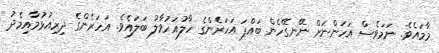
މާމައެވެ. ނަމަވެސް އަހަންނަށް ނޭނގޭހެން ބައްޕަ އަހަރެންގެ ހާލުއަހުވާލު ބަލައެވެ. އަހަރެންގެ ދިރިއުޅުމާއިމެދު